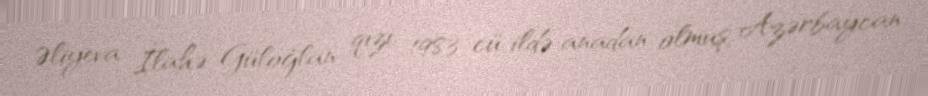
Əliyeva İlahə Güloğlan qızı, 1983-cü ildə anadan olmuş, Azərbaycan